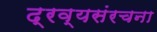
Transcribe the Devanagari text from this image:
द्रव्यसंरचना